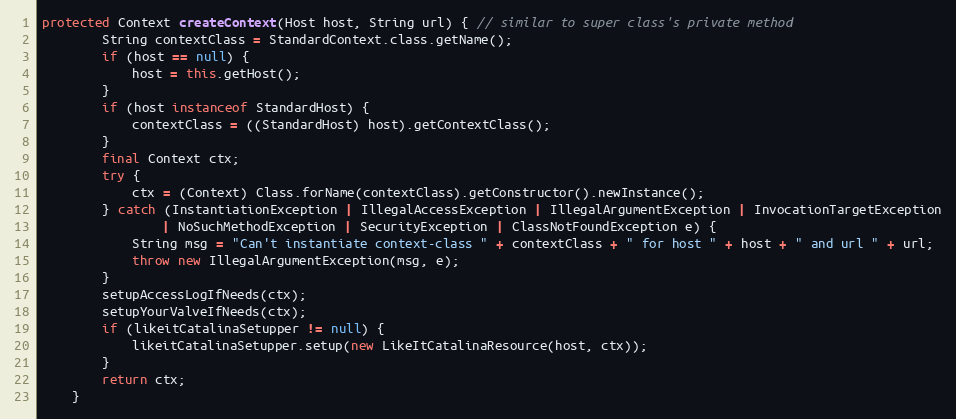
Language: Java
protected Context createContext(Host host, String url) { // similar to super class's private method
        String contextClass = StandardContext.class.getName();
        if (host == null) {
            host = this.getHost();
        }
        if (host instanceof StandardHost) {
            contextClass = ((StandardHost) host).getContextClass();
        }
        final Context ctx;
        try {
            ctx = (Context) Class.forName(contextClass).getConstructor().newInstance();
        } catch (InstantiationException | IllegalAccessException | IllegalArgumentException | InvocationTargetException
                | NoSuchMethodException | SecurityException | ClassNotFoundException e) {
            String msg = "Can't instantiate context-class " + contextClass + " for host " + host + " and url " + url;
            throw new IllegalArgumentException(msg, e);
        }
        setupAccessLogIfNeeds(ctx);
        setupYourValveIfNeeds(ctx);
        if (likeitCatalinaSetupper != null) {
            likeitCatalinaSetupper.setup(new LikeItCatalinaResource(host, ctx));
        }
        return ctx;
    }